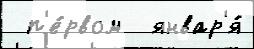
 п'е́рвом  январ'я́